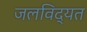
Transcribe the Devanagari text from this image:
जलविद्यत